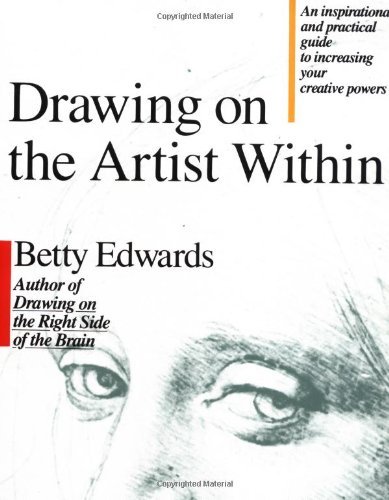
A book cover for Drawing on the Artist Within: An Inspirational and Practical Guide to Increasing Your Creative Powers; Betty Edwards; Health, Fitness & Dieting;